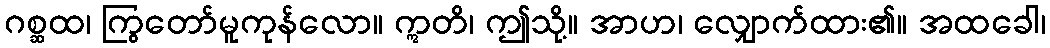
ဂစ္ဆထ၊ ကြွတော်မူကုန်လော။ ဣတိ၊ ဤသို့။ အာဟ၊ လျှောက်ထား၏။ အထခေါ၊